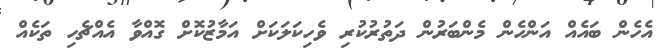
އެހެން ބައެއް އަންހެން މެންބަރުން ދަތުރުކުރި ވެހިކަލަކަށް އަމާޒުކޮށް ގޮއްވާ އެއްޗެހި ތަކެއް